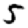
Digit: 5